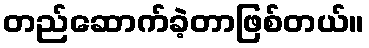
တည်ဆောက်ခဲ့တာဖြစ်တယ်။